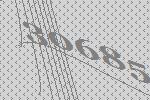
30685